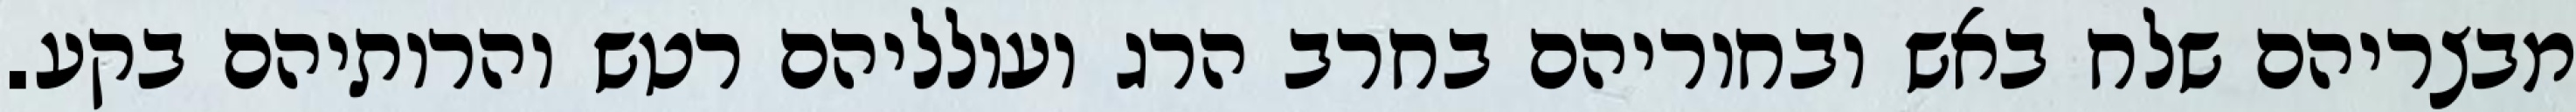
מבצריהם שלח באש ובחוריהם בחרב הרג ועולליהם רטש והרותיהם בקע.